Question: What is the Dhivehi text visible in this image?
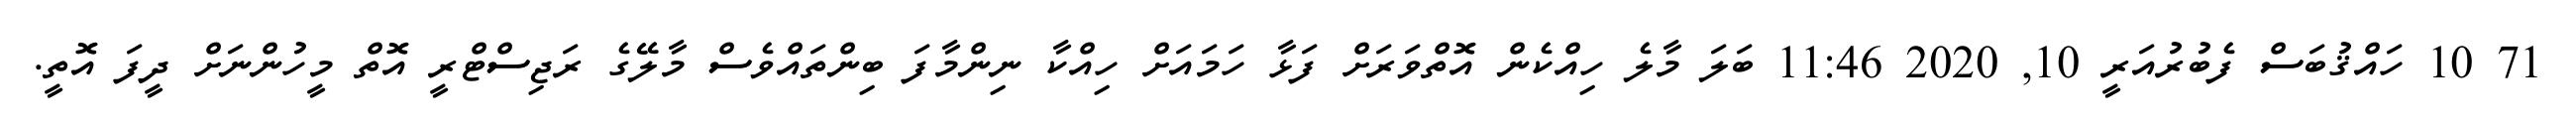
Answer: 71 10 ހައްޤުބަސް ފެބުރުއަރީ 10, 2020 11:46 ބަލަ މާލެ ހިއްކެން އޮތްވަރަށް ފަޅާ ހަމައަށް ހިއްކާ ނިންމާފަ ބިންތައްވެސް މާލޭގެ ރަޖިސްޓްރީ އޮތް މީހުންނަށް ދީފަ އޮތީ.